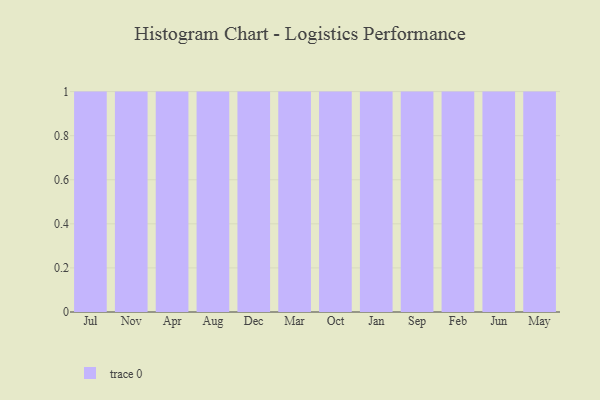
{"axis": {"x": "Month", "y": "Bounce Rate (%)"}, "legend": [""], "data": [{"x": "Jul", "y": 15, "type": ""}, {"x": "Nov", "y": 69, "type": ""}, {"x": "Apr", "y": 8, "type": ""}, {"x": "Aug", "y": 6, "type": ""}, {"x": "Dec", "y": 38, "type": ""}, {"x": "Mar", "y": 34, "type": ""}, {"x": "Oct", "y": 37, "type": ""}, {"x": "Jan", "y": 94, "type": ""}, {"x": "Sep", "y": 72, "type": ""}, {"x": "Feb", "y": 52, "type": ""}, {"x": "Jun", "y": 37, "type": ""}, {"x": "May", "y": 3, "type": ""}]}